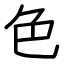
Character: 色